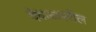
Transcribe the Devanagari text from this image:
देवळावरील